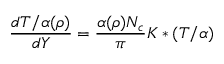
{ \frac { d T / \alpha ( \rho ) } { d Y } } = { \frac { \alpha ( \rho ) N _ { c } } { \pi } } K \ast ( T / \alpha )